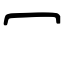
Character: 冖